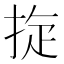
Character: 𢭀